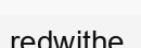
redwithe